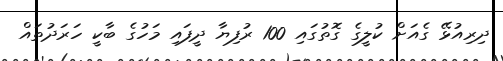
ދިރިއުޅޭ ގެއަށް ކުލީގެ ގޮތުގައި 100 ރުފިޔާ ދީފައި މަހުގެ ބާކީ ހަރަދުތައް